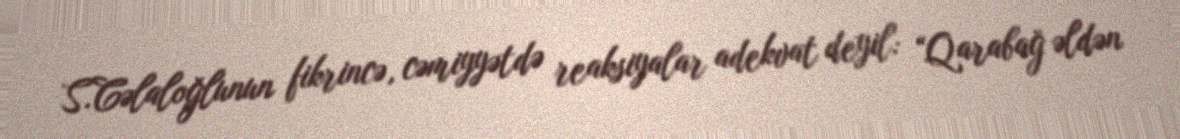
S.Cəlaloğlunun fikrincə, cəmiyyətdə reaksiyalar adekvat deyil: “Qarabağ əldən